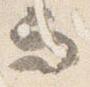
而